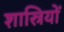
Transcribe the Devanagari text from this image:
शास्रियों